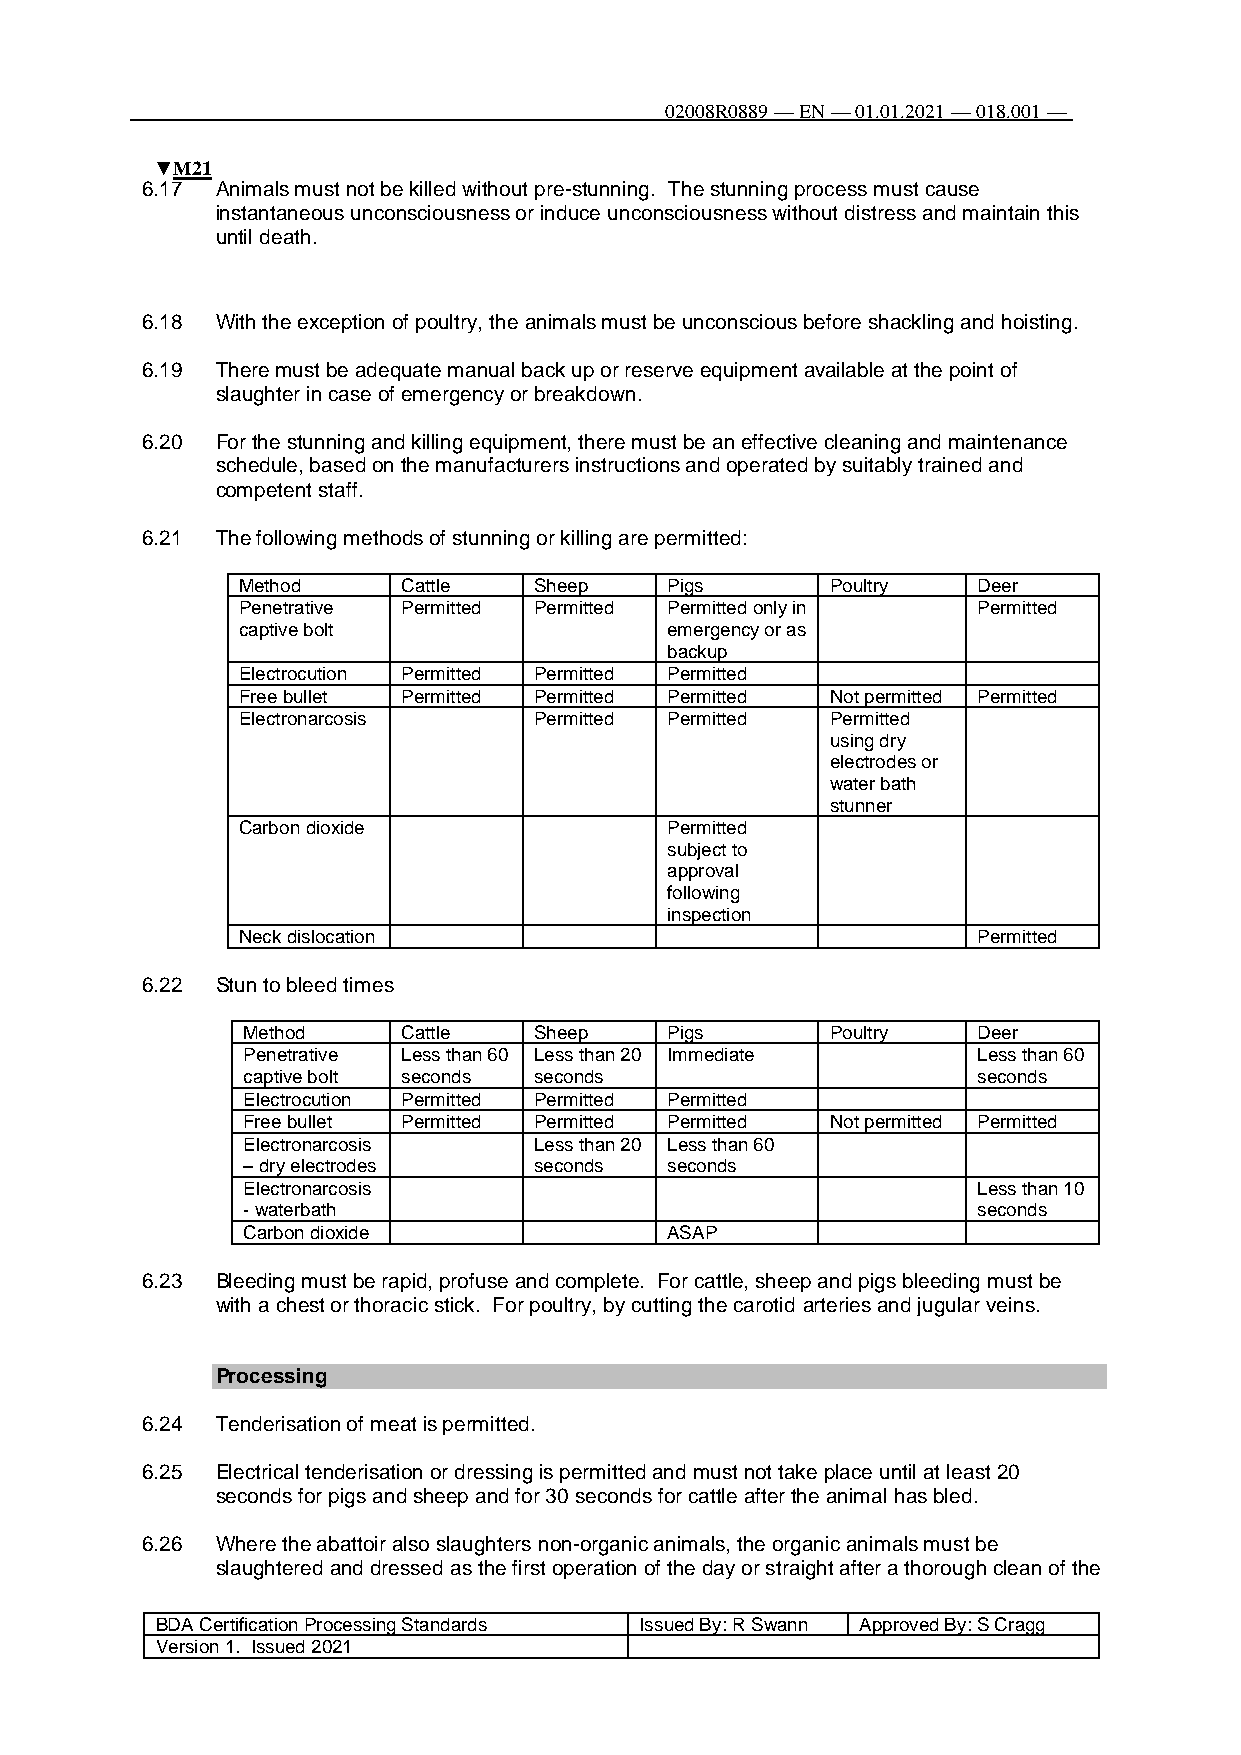
02008R0889 — EN — 01.01.2021 — 018.001 —
 111
 ▼M21
 6.17 Animals must not be killed without pre-stunning. The stunning process must cause
 instantaneous unconsciousness or induce unconsciousness without distress and maintain this
 until death.
 6.18 With the exception of poultry, the animals must be unconscious before shackling and hoisting.
 6.19 There must be adequate manual back up or reserve equipment available at the point of
 slaughter in case of emergency or breakdown.
 6.20 For the stunning and killing equipment, there must be an effective cleaning and maintenance
 schedule, based on the manufacturers instructions and operated by suitably trained and
 competent staff.
 6.21 The following methods of stunning or killing are permitted:
 Method     Cattle  Sheep    Pigs       Poultry   Deer
 Penetrative Permitted Permitted Permitted only in Permitted
 captive bolt                emergency or as
 backup
 Electrocution Permitted Permitted Permitted
 Free bullet Permitted Permitted Permitted Not permitted Permitted
 Electronarcosis    Permitted Permitted Permitted
 using dry
 electrodes or
 water bath
 stunner
 Carbon dioxide              Permitted
 subject to
 approval
 following
 inspection
 Neck dislocation                                 Permitted
 6.22 Stun to bleed times
 Method     Cattle  Sheep    Pigs       Poultry   Deer
 Penetrative Less than 60 Less than 20 Immediate  Less than 60
 captive bolt seconds seconds                     seconds
 Electrocution Permitted Permitted Permitted
 Free bullet Permitted Permitted Permitted Not permitted Permitted
 Electronarcosis    Less than 20 Less than 60
 – dry electrodes   seconds  seconds
 Electronarcosis                                  Less than 10
 - waterbath                                      seconds
 Carbon dioxide              ASAP
 6.23 Bleeding must be rapid, profuse and complete. For cattle, sheep and pigs bleeding must be
 with a chest or thoracic stick. For poultry, by cutting the carotid arteries and jugular veins.
 Processing
 6.24 Tenderisation of meat is permitted.
 6.25 Electrical tenderisation or dressing is permitted and must not take place until at least 20
 seconds for pigs and sheep and for 30 seconds for cattle after the animal has bled.
 6.26 Where the abattoir also slaughters non-organic animals, the organic animals must be
 slaughtered and dressed as the first operation of the day or straight after a thorough clean of the
 BDA Certification Processing Standards Issued By: R Swann Approved By: S Cragg
 Version 1. Issued 2021